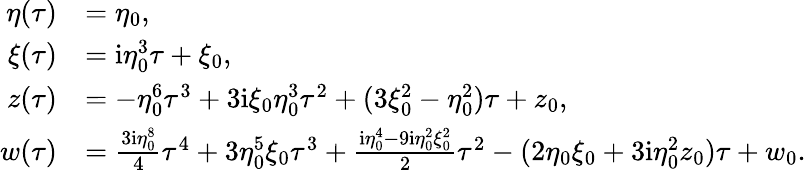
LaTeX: \begin{array}{rl}{{\eta}(\tau)}&{=\eta_{0},}\\ {{\xi}(\tau)}&{=\mathrm{i}\eta_{0}^{3}\tau+\xi_{0},}\\ {{z}(\tau)}&{=-\eta_{0}^{6}\tau^{3}+3\mathrm{i}\xi_{0}\eta_{0}^{3}\tau^{2}+(3\xi_{0}^{2}-\eta_{0}^{2})\tau+z_{0},}\\ {{w}(\tau)}&{=\frac{3\mathrm{i}\eta_{0}^{8}}{4}\tau^{4}+3\eta_{0}^{5}\xi_{0}\tau^{3}+\frac{\mathrm{i}\eta_{0}^{4}-9\mathrm{i}\eta_{0}^{2}\xi_{0}^{2}}{2}\tau^{2}-(2\eta_{0}\xi_{0}+3\mathrm{i}\eta_{0}^{2}z_{0})\tau+w_{0}.}\end{array}